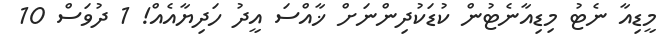
މީޑިއާ ނެޓު މިޑިއާނެޓުން ކުޑަކުދިންނަށް ޚާއްސަ އީދު ހަދިޔާއެއް! 1 ދުވަސް 10